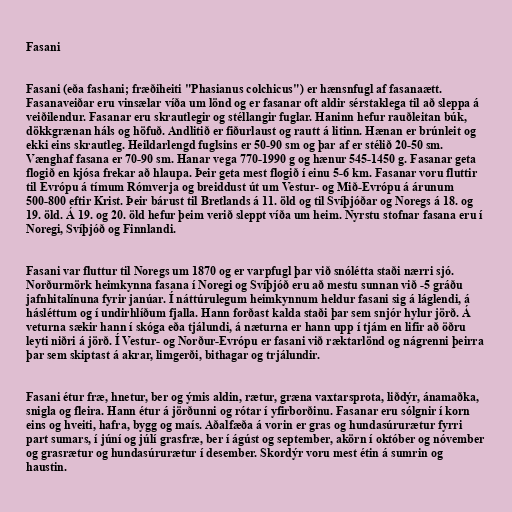
Fasani

Fasani (eða fashani; fræðiheiti "Phasianus colchicus") er hænsnfugl af fasanaætt.
Fasanaveiðar eru vinsælar víða um lönd og er fasanar oft aldir sérstaklega til að sleppa á
veiðilendur. Fasanar eru skrautlegir og stéllangir fuglar. Haninn hefur rauðleitan búk,
dökkgrænan háls og höfuð. Andlitið er fiðurlaust og rautt á litinn. Hænan er brúnleit og
ekki eins skrautleg. Heildarlengd fuglsins er 50-90 sm og þar af er stélið 20-50 sm.
Vænghaf fasana er 70-90 sm. Hanar vega 770-1990 g og hænur 545-1450 g. Fasanar geta
flogið en kjósa frekar að hlaupa. Þeir geta mest flogið í einu 5-6 km. Fasanar voru fluttir
til Evrópu á tímum Rómverja og breiddust út um Vestur- og Mið-Evrópu á árunum
500-800 eftir Krist. Þeir bárust til Bretlands á 11. öld og til Svíþjóðar og Noregs á 18. og
19. öld. Á 19. og 20. öld hefur þeim verið sleppt víða um heim. Nyrstu stofnar fasana eru í
Noregi, Svíþjóð og Finnlandi.

Fasani var fluttur til Noregs um 1870 og er varpfugl þar við snólétta staði nærri sjó.
Norðurmörk heimkynna fasana í Noregi og Svíþjóð eru að mestu sunnan við -5 gráðu
jafnhitalínuna fyrir janúar. Í náttúrulegum heimkynnum heldur fasani sig á láglendi, á
hásléttum og í undirhlíðum fjalla. Hann forðast kalda staði þar sem snjór hylur jörð. Á
veturna sækir hann í skóga eða tjálundi, á næturna er hann upp í tjám en lifir að öðru
leyti niðri á jörð. Í Vestur- og Norður-Evrópu er fasani við ræktarlönd og nágrenni þeirra
þar sem skiptast á akrar, limgerði, bithagar og trjálundir.

Fasani étur fræ, hnetur, ber og ýmis aldin, rætur, græna vaxtarsprota, liðdýr, ánamaðka,
snigla og fleira. Hann étur á jörðunni og rótar í yfirborðinu. Fasanar eru sólgnir í korn
eins og hveiti, hafra, bygg og maís. Aðalfæða á vorin er gras og hundasúrurætur fyrri
part sumars, í júní og júlí grasfræ, ber í ágúst og september, akörn í október og nóvember
og grasrætur og hundasúrurætur í desember. Skordýr voru mest étin á sumrin og
haustin.